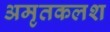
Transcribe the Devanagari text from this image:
अमृतकलश